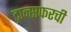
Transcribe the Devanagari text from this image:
ट्रान्सफरची